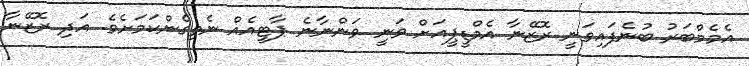
އެމެމްބަރު ބުނެފައިވަނީ ރޮޒޭނާ އެމްޑީޕީއަށް ވަނީ ވަންނާނެ ޕާޓީއެއް ނެތިގެންކަމަށެވެ. އަދި ރޮޒޭނާ